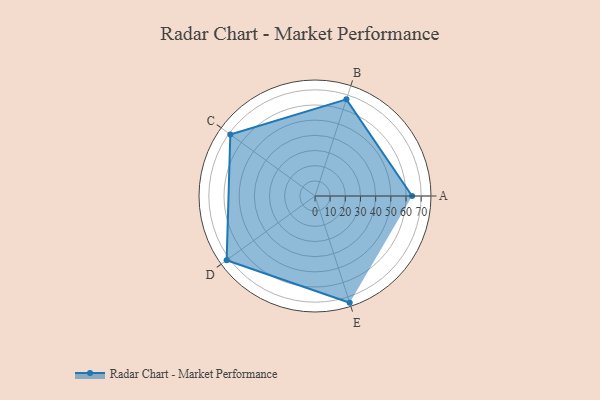
{"axis": {"x": "Skill", "y": "Score"}, "legend": ["Profile"], "data": [{"x": "A", "y": 64.0, "type": "Profile"}, {"x": "B", "y": 67.0, "type": "Profile"}, {"x": "C", "y": 69.0, "type": "Profile"}, {"x": "D", "y": 72.0, "type": "Profile"}, {"x": "E", "y": 74.0, "type": "Profile"}]}